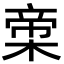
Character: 𬃨